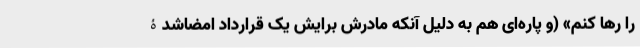
را رها کنم» (و پاره‌ای هم به دلیل آنکه مادرش برایش یک قرارداد امضاشدۀ